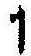
1